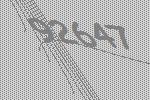
92647